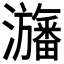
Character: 𤄫